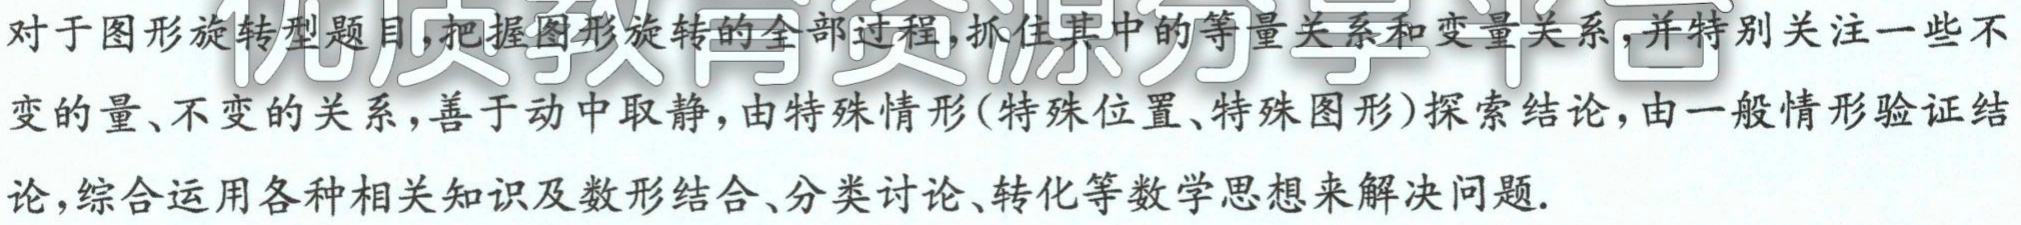
对于图形旋转型题目，把握图形旋转的全部过程，抓住其中的等量关系和变量关系，并特别关注一些不变的量、不变的关系，善于动中取静，由特殊情形(特殊位置、特殊图形)探索结论，由一般情形验证结论，综合运用各种相关知识及数形结合、分类讨论、转化等数学思想来解决问题.